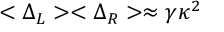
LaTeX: < \Delta _ { L } > < \Delta _ { R } > \approx \gamma \kappa ^ { 2 }